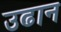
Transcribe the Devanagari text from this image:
उढान